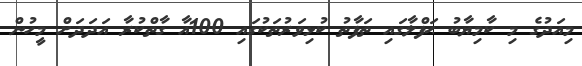
މިއަދުގެ މި ކާމިޔާބު ޙަފްލާގައި ތަފާތު ކުޅިވަރުތަކުގައި 100އާ ގާތްކުރާ އަދަދަށް މީހުން